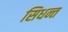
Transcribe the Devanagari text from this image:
सिधन्त